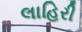
લાહિરી